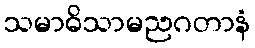
သမာဓိသာမညဂတာနံ